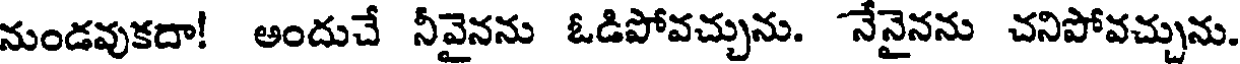
నుండవుకదా! అందుచే నీవైనను ఓడిపోవచ్చును. నేనైనను చనిపోవచ్చును.